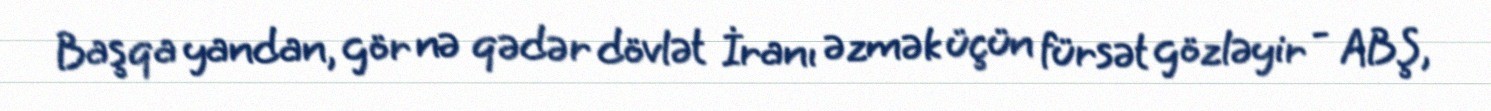
Başqa yandan, gör nə qədər dövlət İranı əzmək üçün fürsət gözləyir - ABŞ,